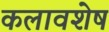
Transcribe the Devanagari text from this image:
कलावशेष